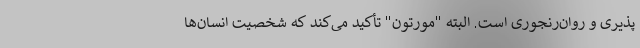
پذیری و روان‌رنجوری است. البته "مورتون" تأکید می‌کند که شخصیت انسان‌ها